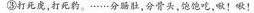
分骨头，饱饱吃，啾！啾！